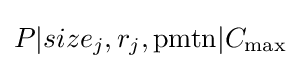
P|size_{j},r_{j},{\text{pmtn}}|C_{\max }